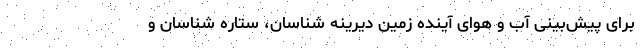
برای پیش‌بینی آب و هوای آینده زمین دیرینه شناسان، ستاره شناسان و